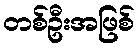
တစ်ဦးအဖြစ်